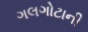
ગલગોટાની